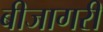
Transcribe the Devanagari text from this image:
बीजागरी